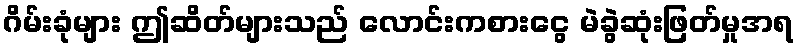
ဂိမ်းခုံများ ဤဆိတ်များသည် လောင်းကစားငွေ မဲခွဲဆုံးဖြတ်မှုအရ